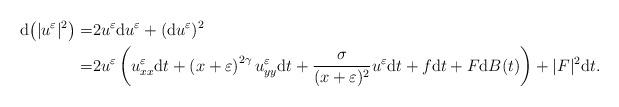
LaTeX: \begin{align*}{\rm d}\big(|u^\varepsilon|^2\big)=&2u^\varepsilon{\rm d}u^\varepsilon+({\rm d}u^\varepsilon)^2\\=&2u^\varepsilon \left(u^\varepsilon_{xx}{\rm d}t+\left(x+\varepsilon\right)^{2\gamma}u^\varepsilon_{yy}{\rm d}t+\frac{\sigma}{(x+\varepsilon)^2}u^\varepsilon{\rm d}t+f{\rm d}t+F{\rm d}B(t)\right)+|F|^2{\rm d}t.\end{align*}